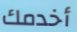
أخدمك